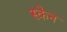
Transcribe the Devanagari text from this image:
स्‍केन